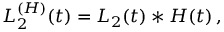
L _ { 2 } ^ { ( H ) } ( t ) = L _ { 2 } ( t ) \ast H ( t ) \, ,